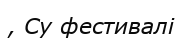
, Су фестивалі